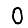
Digit: 0